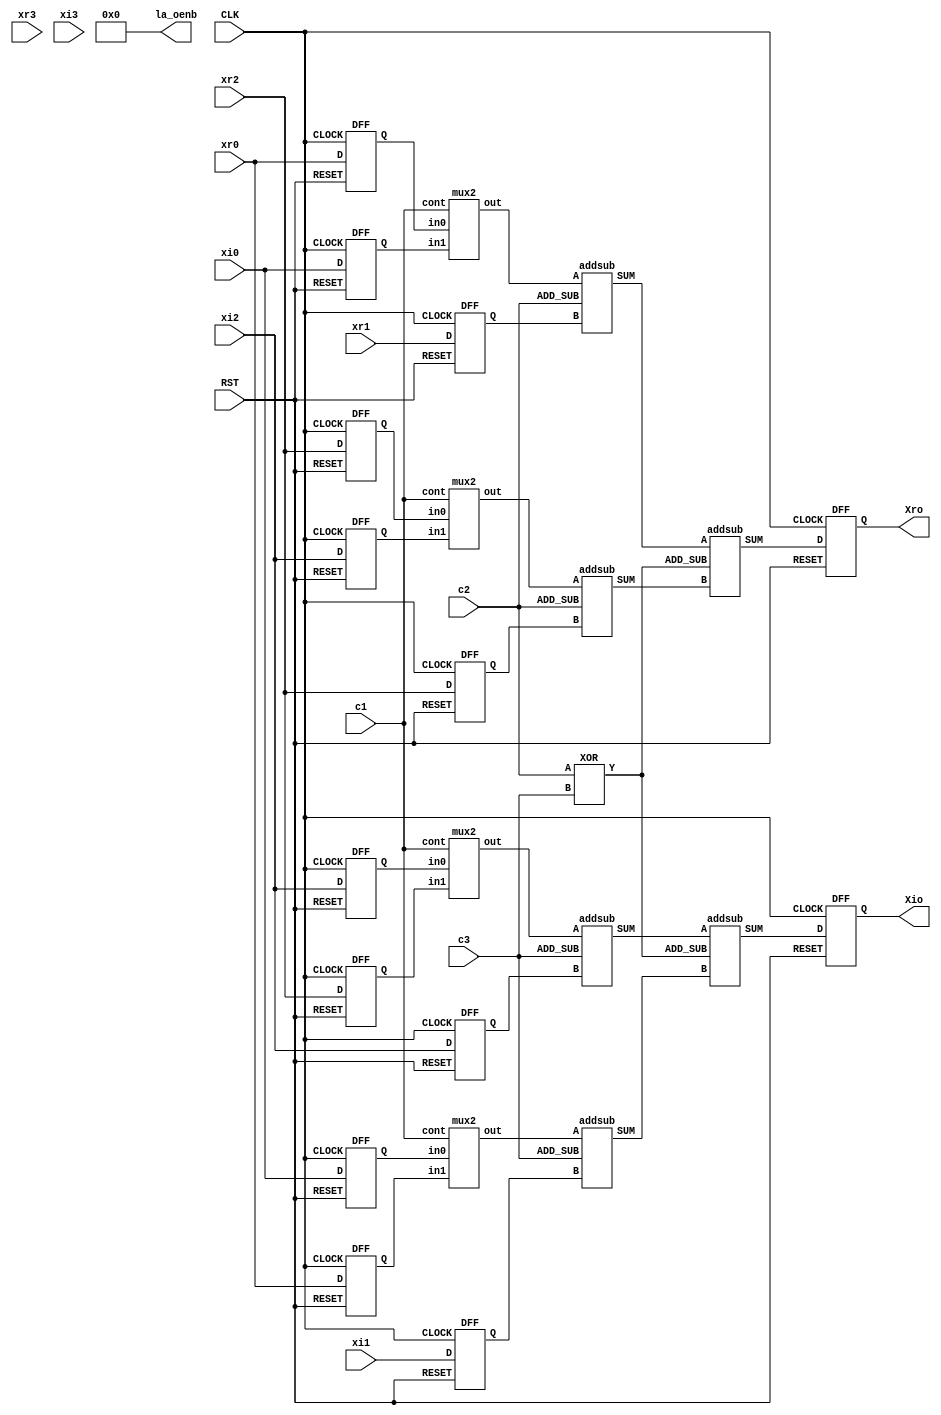
// R4_BUTTERFLY [VER 1.6]

module R4_butter ( 

`ifdef USE_POWER_PINS
    inout vccd1,	// User area 1 1.8V supply
    inout vssd1,	// User area 1 digital ground
`endif 

input [3:0] xr0,xi0, xr1,xi1, xr2,xi2, xr3,xi3,
output [3:0] Xro,Xio,
input c1,c2,c3,
input CLK, RST,
 output [7:0] la_oenb);

wire [3:0] m0,m1,m2,m3,s0,s1,s2,s3;
wire m4;
wire [3:0] Q1, Q2, Q3, Q4, Q5, Q6, Q7, Q8, Q9, Q10, Q11, Q12, Q13, Q14;

assign la_oenb = 8'b00000000;

addsub a0(.A(m0), .B(Q5), .ADD_SUB(c2), .SUM(s0)); 
addsub a1(.A(m2), .B(Q11), .ADD_SUB(c2), .SUM(s1)); 
addsub a2(.A(m1), .B(Q6), .ADD_SUB(c3), .SUM(s2)); 
addsub a3(.A(m3), .B(Q12), .ADD_SUB(c3), .SUM(s3)); 
addsub b0(.A(s0), .B(s1), .ADD_SUB(m4), .SUM(Q13)); 
addsub b1(.A(s3), .B(s2), .ADD_SUB(m4), .SUM(Q14)); 

mux2 mux0(.out(m0),.in0(Q1),.in1(Q2),.cont(c1)); 
mux2 mux1(.out(m1),.in0(Q3),.in1(Q4),.cont(c1)); 
mux2 mux2(.out(m2),.in0(Q7),.in1(Q8),.cont(c1)); 
mux2 mux3(.out(m3),.in0(Q9),.in1(Q10),.cont(c1)); 
XOR xor1(.Y(m4),.A(c2),.B(c3)); 

//FF at the inputs
DFF DFF1  (.Q(Q1), .D(xr0), .CLOCK(CLK), .RESET(RST)); //mux0(in0)
DFF DFF2  (.Q(Q2), .D(xi0), .CLOCK(CLK), .RESET(RST)); //mux0(in1)
DFF DFF3  (.Q(Q3), .D(xi0), .CLOCK(CLK), .RESET(RST)); //mux1(in0)
DFF DFF4  (.Q(Q4), .D(xr0), .CLOCK(CLK), .RESET(RST)); //mux1(in1)
DFF DFF5  (.Q(Q5), .D(xr1), .CLOCK(CLK), .RESET(RST)); //a0(B)
DFF DFF6  (.Q(Q6), .D(xi1), .CLOCK(CLK), .RESET(RST)); //a2(B)
DFF DFF7  (.Q(Q7), .D(xr2), .CLOCK(CLK), .RESET(RST)); //mux2(in0)
DFF DFF8  (.Q(Q8), .D(xi2), .CLOCK(CLK), .RESET(RST)); //mux2(in1)
DFF DFF9  (.Q(Q9), .D(xi2), .CLOCK(CLK), .RESET(RST)); //mux3(in0)
DFF DFF10 (.Q(Q10), .D(xr2), .CLOCK(CLK), .RESET(RST)); //mux3(in1)
DFF DFF11 (.Q(Q11), .D(xr2), .CLOCK(CLK), .RESET(RST)); //a1(B)
DFF DFF12 (.Q(Q12), .D(xi2), .CLOCK(CLK), .RESET(RST)); //a3(B)

//FF at the outputs
DFF DFF13  (.Q(Xro), .D(Q13), .CLOCK(CLK), .RESET(RST)); //b0(SUM)
DFF DFF14  (.Q(Xio), .D(Q14), .CLOCK(CLK), .RESET(RST)); //b1(SUM)

endmodule


module addsub(A, B, ADD_SUB, SUM);

   input [3:0] A;
   input [3:0] B;
   input ADD_SUB;
   output [3:0] SUM;
   wire c,d;
 
   assign c = A + B;
   assign d = A - B;
   assign SUM = ADD_SUB ? c : d;
   
   
endmodule
module XOR(Y, A, B);
  input A;
  input B;
  output Y;

  assign Y= A^B;
  
  endmodule
  
  
module mux2(out, in0, in1, cont);

  input [3:0] in0;
  input [3:0] in1;
  input cont;
  output [3:0] out;

  assign out = cont ? in1:in0;

endmodule

module DFF (
D   , // Data Input
CLOCK    , // Clock Input
RESET  , // Reset input
Q        // Q output
);

  input [3:0] D;
  input CLOCK, RESET;
  output [3:0] Q;
  reg [3:0] Q;

  always @(posedge CLOCK)
    if (~RESET) begin
  Q <= 4'b0000;
end  else begin
  Q <= D;
end

endmodule